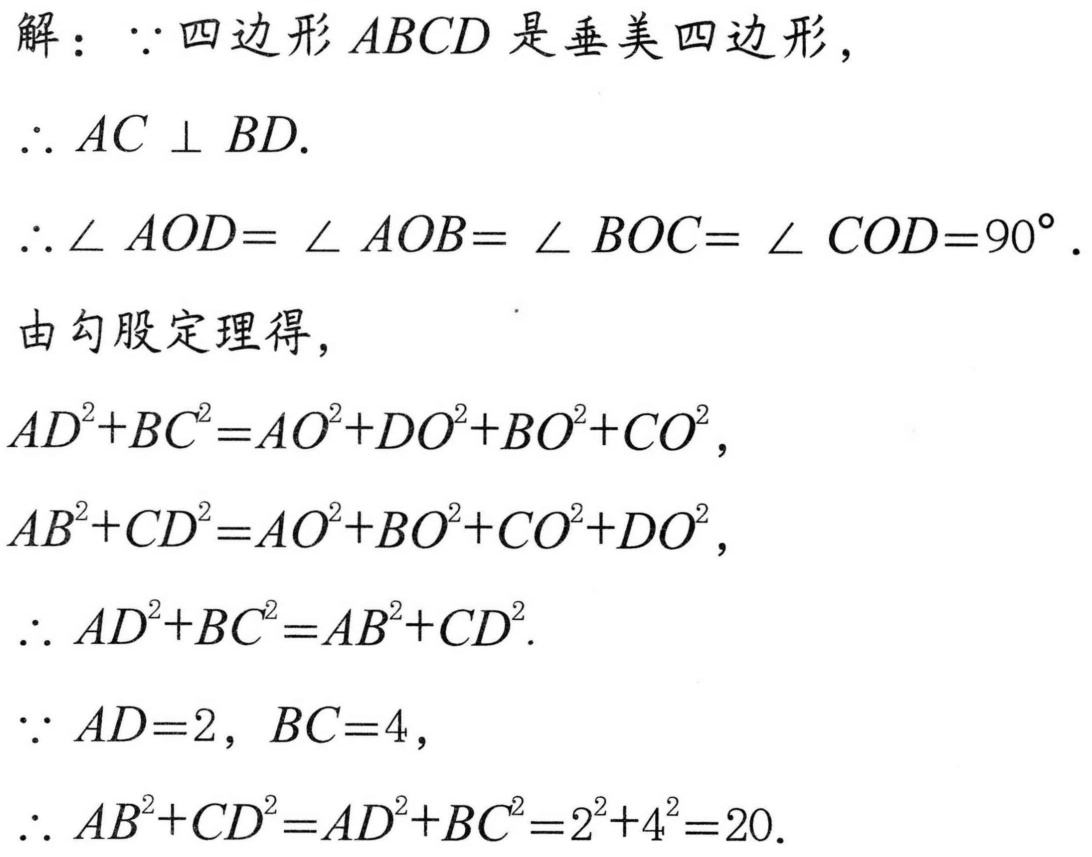
解：\(\because\)四边形\(ABCD\)是垂美四边形，
\(\therefore AC\perp BD.\)
\(\therefore\angle AOD = \angle AOB=\angle BOC=\angle COD = 90^{\circ}.\)
由勾股定理得，
\(AD^{2}+BC^{2}=AO^{2}+DO^{2}+BO^{2}+CO^{2},\)
\(AB^{2}+CD^{2}=AO^{2}+BO^{2}+CO^{2}+DO^{2},\)
\(\therefore AD^{2}+BC^{2}=AB^{2}+CD^{2}.\)
\(\because AD = 2,\ BC = 4,\)
\(\therefore AB^{2}+CD^{2}=AD^{2}+BC^{2}=2^{2}+4^{2}=20.\)